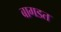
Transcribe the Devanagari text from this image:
बागडत